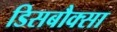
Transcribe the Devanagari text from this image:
डिसबौक्सा